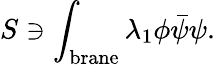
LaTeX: S\ni\int_{\mathrm{brane}}\lambda_{1}\phi\bar{\psi}\psi.